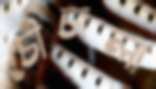
চৌচালা